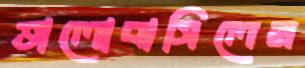
ভালোবাসিলেন